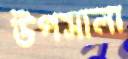
উপসালা